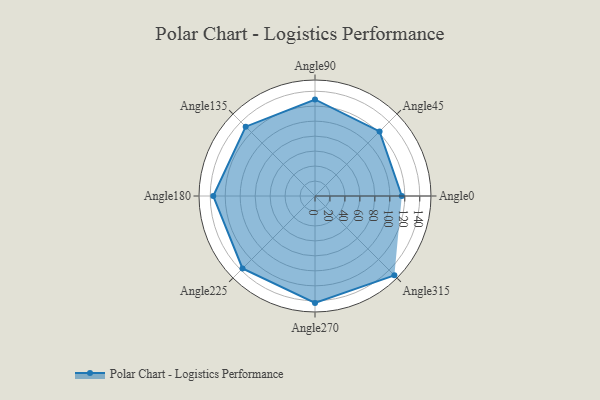
{"axis": {"x": "Angle", "y": "Radius"}, "legend": [""], "data": [{"x": "Angle0", "y": 116.0, "type": ""}, {"x": "Angle45", "y": 122.0, "type": ""}, {"x": "Angle90", "y": 129.0, "type": ""}, {"x": "Angle135", "y": 131.0, "type": ""}, {"x": "Angle180", "y": 136.0, "type": ""}, {"x": "Angle225", "y": 137.0, "type": ""}, {"x": "Angle270", "y": 143.0, "type": ""}, {"x": "Angle315", "y": 150.0, "type": ""}]}